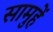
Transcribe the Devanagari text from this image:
सामुहें